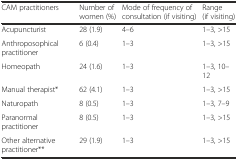
<table><thead><tr><td><b>CAM practitioners</b></td><td><b>Number of women (%)</b></td><td><b>Mode of frequency of consultation (if visiting)</b></td><td><b>Range (if visiting)</b></td></tr></thead><tbody><tr><td>Acupuncturist</td><td>28 (1.9)</td><td>4–6</td><td>1–3, &gt;15</td></tr><tr><td>Anthroposophical practitioner</td><td>6 (0.4)</td><td>1–3</td><td>1–3, &gt;15</td></tr><tr><td>Homeopath</td><td>24 (1.6)</td><td>1–3</td><td>1–3, 10–12</td></tr><tr><td>Manual therapist*</td><td>62 (4.1)</td><td>1–3</td><td>1–3, &gt;15</td></tr><tr><td>Naturopath</td><td>8 (0.5)</td><td>1–3</td><td>1–3, 7–9</td></tr><tr><td>Paranormal practitioner</td><td>8 (0.5)</td><td>1–3</td><td>1–3, &gt;15</td></tr><tr><td>Other alternative practitioner**</td><td>29 (1.9)</td><td>1–3</td><td>1–3, &gt;15</td></tr></tbody></table>